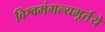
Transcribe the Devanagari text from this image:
विश्वमंगल्यमूर्तये